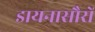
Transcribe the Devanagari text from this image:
डायनासौरों